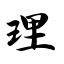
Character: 理